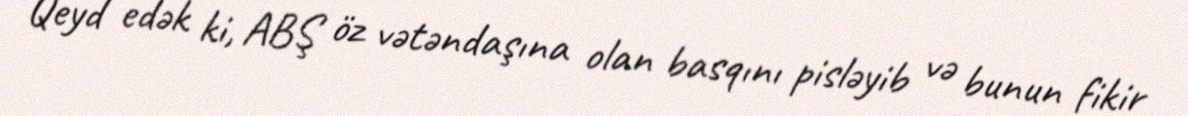
Qeyd edək ki, ABŞ öz vətəndaşına olan basqını pisləyib və bunun fikir